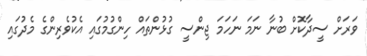
ވަރަށް ސީދާކޮށް ބުނާ ނަމަ ނަހަމަ ޖިންސީ ގުޅުންތައް ހިންގުމުގައި އެކުވެރިންގެ މެދުގައި